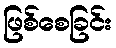
ဖြစ်စေခြင်း